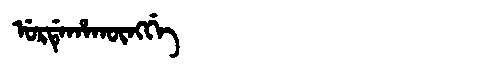
Manchu: ᡠᡵᡩᡝᡥᠠᡴᡡᠩᡤᡝ
Romanization: URDEHAKŪNGGE